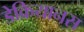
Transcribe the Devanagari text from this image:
डेक्रियानस